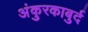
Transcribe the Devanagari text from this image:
अंकुरकाबुर्द